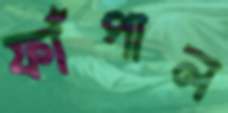
ফাঁপাল